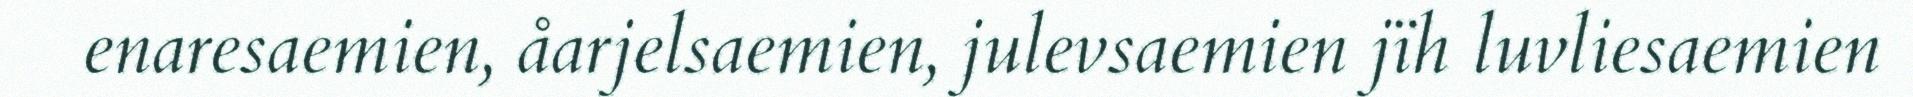
enaresaemien, åarjelsaemien, julevsaemien jïh luvliesaemien